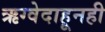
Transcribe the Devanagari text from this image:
ऋग्वेदाहूनही